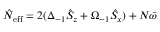
\hat { N } _ { \mathrm { e f f } } = 2 ( \Delta _ { - 1 } \hat { S } _ { z } + \Omega _ { - 1 } \hat { S } _ { x } ) + N \bar { \omega }